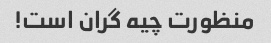
منظورت چیه گران است!